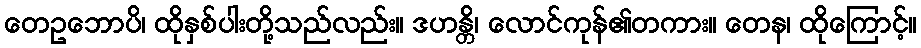
တေဥဘောပိ၊ ထိုနှစ်ပါးတို့သည်လည်း။ ဒဟန္တိ၊ လောင်ကုန်၏တကား။ တေန၊ ထိုကြောင့်။